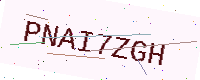
Text: PNAI7ZGH